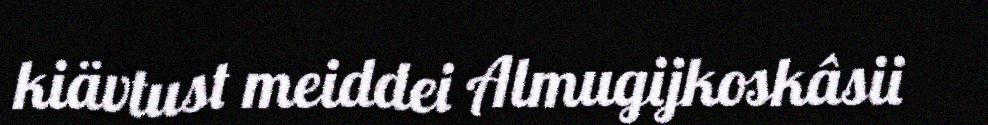
kiävtust meiddei Almugijkoskâsii